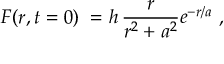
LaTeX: F ( r , t = 0 ) \; = h \, { \frac { r } { r ^ { 2 } + a ^ { 2 } } } e ^ { - { r / a } } \ ,